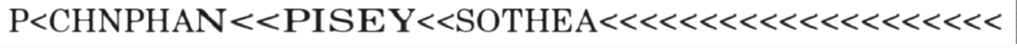
P<CHNPHAN<<PISEY<<SOTHEA<<<<<<<<<<<<<<<<<<<<